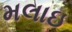
મલાઇ